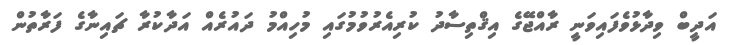
އަދީބް ވިދާޅުވެފައިވަނީ ރާއްޖޭގެ އިޤްތިސާދު ކުރިއެރުވުމުގައި މުހިއްމު ދައުރެއް އަދާކުރާ ޗައިނާގެ ފަރާތުން